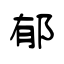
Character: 郁